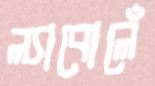
ল্যাবোলেঁ